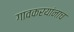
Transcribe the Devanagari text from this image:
गावकरयांनाच